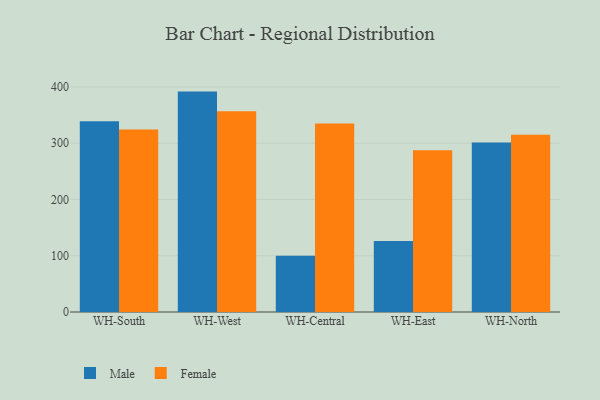
{"axis": {"x": "Warehouse", "y": "Gross Profit (USD K)"}, "legend": ["Female", "Male"], "data": [{"x": "WH-South", "y": 338.8, "type": "Male"}, {"x": "WH-South", "y": 324.3, "type": "Female"}, {"x": "WH-West", "y": 391.7, "type": "Male"}, {"x": "WH-West", "y": 356.6, "type": "Female"}, {"x": "WH-Central", "y": 100.0, "type": "Male"}, {"x": "WH-Central", "y": 334.9, "type": "Female"}, {"x": "WH-East", "y": 126.3, "type": "Male"}, {"x": "WH-East", "y": 287.6, "type": "Female"}, {"x": "WH-North", "y": 301.1, "type": "Male"}, {"x": "WH-North", "y": 314.8, "type": "Female"}]}